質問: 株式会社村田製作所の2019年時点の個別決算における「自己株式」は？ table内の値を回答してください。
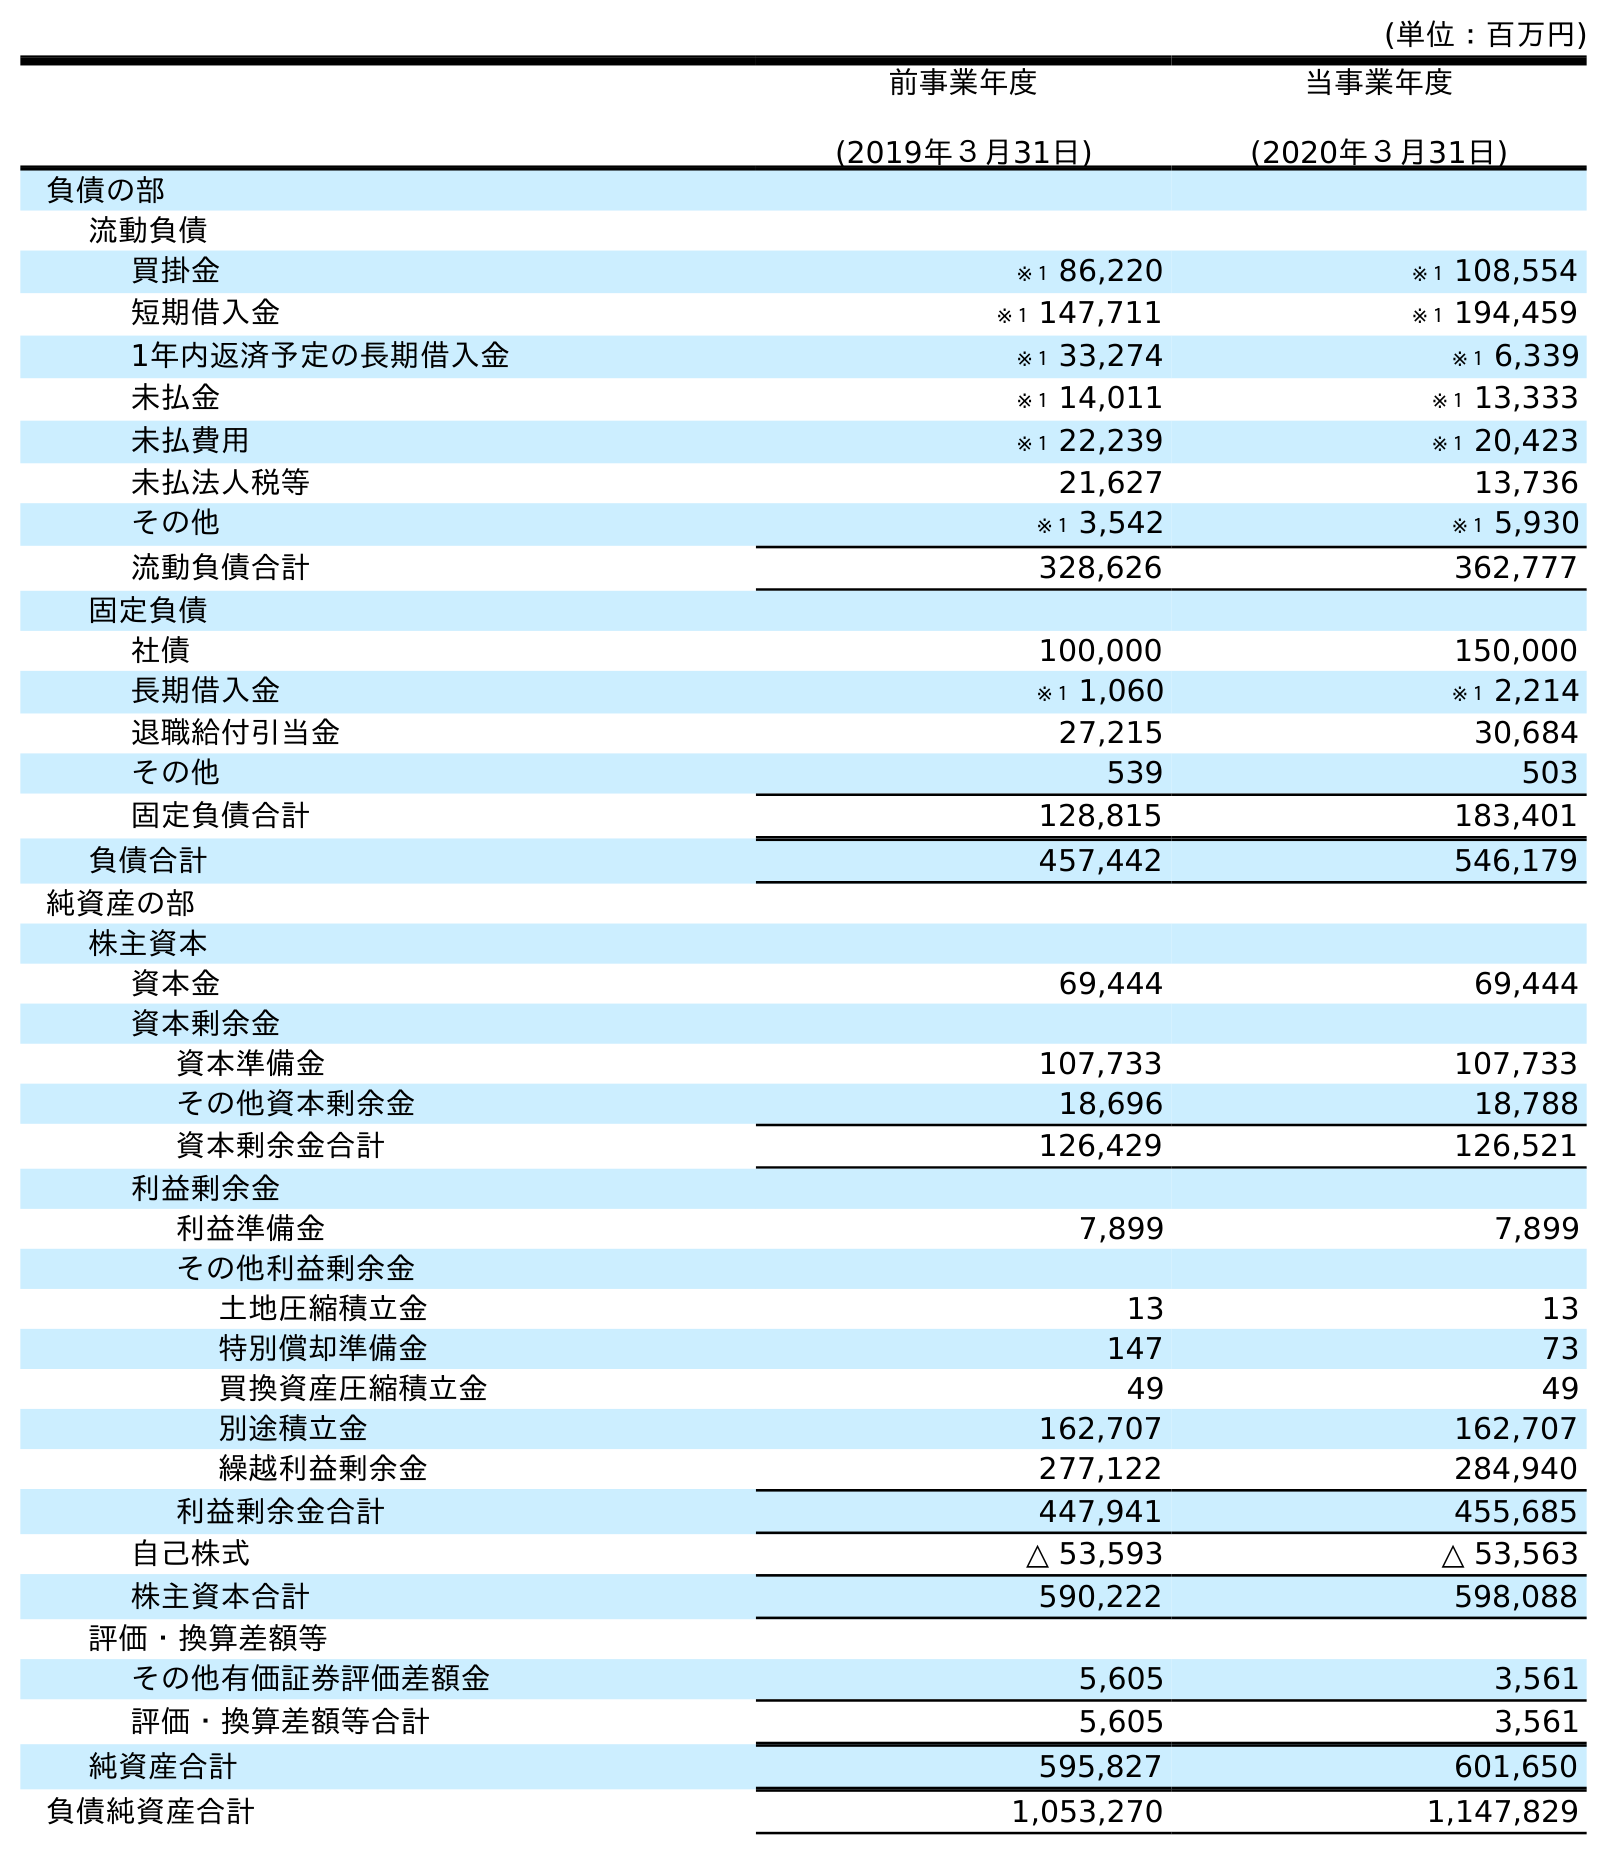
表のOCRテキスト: (単位：百万円) 前事業年度 (2019年３月31日) 当事業年度 (2020年３月31日) 負債の部 流動負債 買掛金 ※１ 86,220 ※１ 108,554 短期借入金 ※１ 147,711 ※１ 194,459 1年内返済予定の長期借入金 ※１ 33,274 ※１ 6,339 未払金 ※１ 14,011 ※１ 13,333 未払費用 ※１ 22,239 ※１ 20,423 未払法人税等 21,627 13,736 その他 ※１ 3,542 ※１ 5,930 流動負債合計 328,626 362,777 固定負債 社債 100,000 150,000 長期借入金 ※１ 1,060 ※１ 2,214 退職給付引当金 27,215 30,684 その他 539 503 固定負債合計 128,815 183,401 負債合計 457,442 546,179 純資産の部 株主資本 資本金 69,444 69,444 資本剰余金 資本準備金 107,733 107,733 その他資本剰余金 18,696 18,788 資本剰余金合計 126,429 126,521 利益剰余金 利益準備金 7,899 7,899 その他利益剰余金 土地圧縮積立金 13 13 特別償却準備金 147 73 買換資産圧縮積立金 49 49 別途積立金 162,707 162,707 繰越利益剰余金 277,122 284,940 利益剰余金合計 447,941 455,685 自己株式 △ 53,593 △ 53,563 株主資本合計 590,222 598,088 評価・換算差額等 その他有価証券評価差額金 5,605 3,561 評価・換算差額等合計 5,605 3,561 純資産合計 595,827 601,650 負債純資産合計 1,053,270 1,147,829
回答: △53,593